Vaccination North-Western Provinces 1866-1877 - 1866-1877
Year: 1866
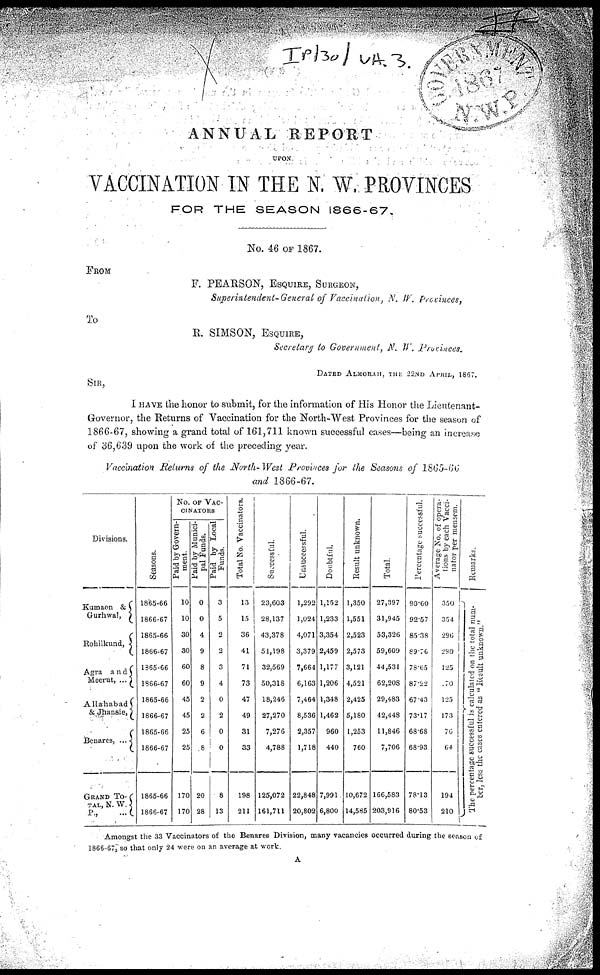
ANNUAL REPORT
UPON
VACCINATION IN THE N. W. PROVINCES
FOR THE SEASON 1866-67.
No. 46 OF 1867.
FROM
F. PEARSON, ESQUIRE, SURGEON,
Superintendent-General of Vaccination, N. W. Provinces,
To
R. SIMSON, ESQUIRE,
Secretary to Government, N. W. Provinces.
DATED ALMORAH, THE 22ND APRIL 1867.
SIR,
I have the honor to submit, for the information of His Honor the Lieutenant-
Governor, the Returns of Vaccination for the North-West Provinces for the season of
1866-67, showing a grand total of 161,711 known successful cases—being an increase
of 36,639 upon the work of the preceding year.
Vaccination Returns of the North-West Provinces for the Seasons of 1865-66
and 1866-67.
Divisions.
Kumaon &
Gurhwal,
Rohilkund,
Agra and
Meerut, ...
Allahabad
& Jhansie,
Benares, ...
GRAND TO-
TAL, N. W.
P., ...
Seasons.
1865-66
1866-67
1865-66
1866-67
1865-66
1866-67
1865-66
1866-67
1865-66
1866-67
1866-66
1866-67
No. OF VAC-
CINATORS
Paid by Govern-
ment.
10
10
30
30
60
60
45
45
25
25
170
170
Paid by Munici-
pal Funds.
0
0
4
9
8
9
2
2
6
8
20
28
Paid by Local
Funds.
3
5
2
2
3
4
0
2
0
0
8
13
Total No. Vaccinators.
13
15
36
41
71
73
47
49
31
33
198
211
Successful.
23,603
28,137
43,378
51,198
32,569
50,318
18,246
27,270
7,276
4,788
125,072
161,711
Unsuccessful.
1,292
1,024
4,071
3,379
7,664
6,163
7,464
8,536
2,357
1,718
22,848
20,802
Doubtful.
1,152
1,233
3,354
2,459
1,177
1,206
1,348
1,462
960
440
7,991
6,800
Result unknown.
1,350
1,551
2,523
2,573
3,121
4,521
2,425
5,180
1,253
760
10,672
14,585
Total.
27,397
31,945
53,326
59,609
44,531
62,208
29,483
42,448
11,846
7,706
166,583
203,916
Percentage successful.
90.60
92.57
85.38
89.76
78.65
87.22
67.43
73.17
68.68
68.93
78.13
80.53
Average No. of opera-
tions by each Vacci-
nator per mensem.
350
354
290
290
125
170
125
173
76
64
194
210
Remarks.
The percentage successful is calculated on the total num-
ber, less the cases entered as " Result unknown."
Amongst the 33 Vaccinators of the Benares Division, many vacancies occurred during the season of
1866-67, so that only 24 were on an average at work.
A